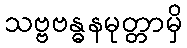
သဗ္ဗဗန္ဓနမုတ္တာမှိ